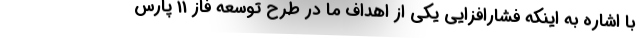
با اشاره به اینکه فشارافزایی یکی از اهداف ما در طرح توسعه فاز 11 پارس